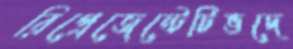
রিপ্রেজেন্টেটিভদে